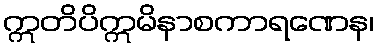
ဣတိပိဣမိနာစကာရဏေန၊